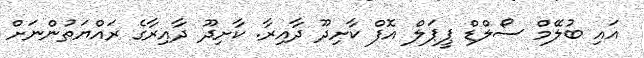
އައި ބުލޭމް ސޯލްޑް ޕީޕަލް އޮފް ކާށިދޫ ދާއިރާ. ކާށިދޫ ދާއިރާގެ ރައްޔަތުންނަށް